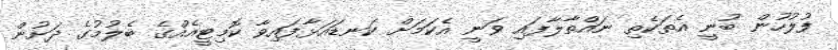
ފުލުހުން ބުނީ އެތަކެތި ނައްތާލާފައި ވަނީ އެކަމަށް ކަނޑައަޅާފައިވާ ކޮމިޓީއެއްގެ ބެލުމުގެ ދަށުން